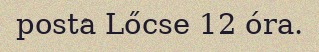
posta Lőcse 12 óra.